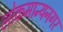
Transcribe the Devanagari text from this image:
लोकमान्यनगर